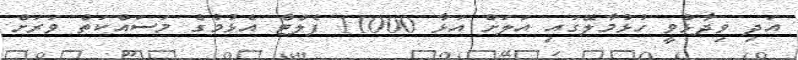
އަދި ވިދާޅުވީ ހުޅުމާލޭގައި އަލަށް އަޅާ 11000 ފެލްޓް އެޅުމުގެ މަސައްކަތް ވަރަށް